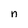
Character: n